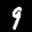
Label: 9